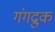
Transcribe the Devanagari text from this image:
गंगद्रुक